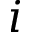
i